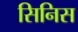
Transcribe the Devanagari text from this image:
सिनिस